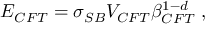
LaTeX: E _ { C F T } = \sigma _ { S B } V _ { C F T } \beta _ { C F T } ^ { 1 - d } \; ,